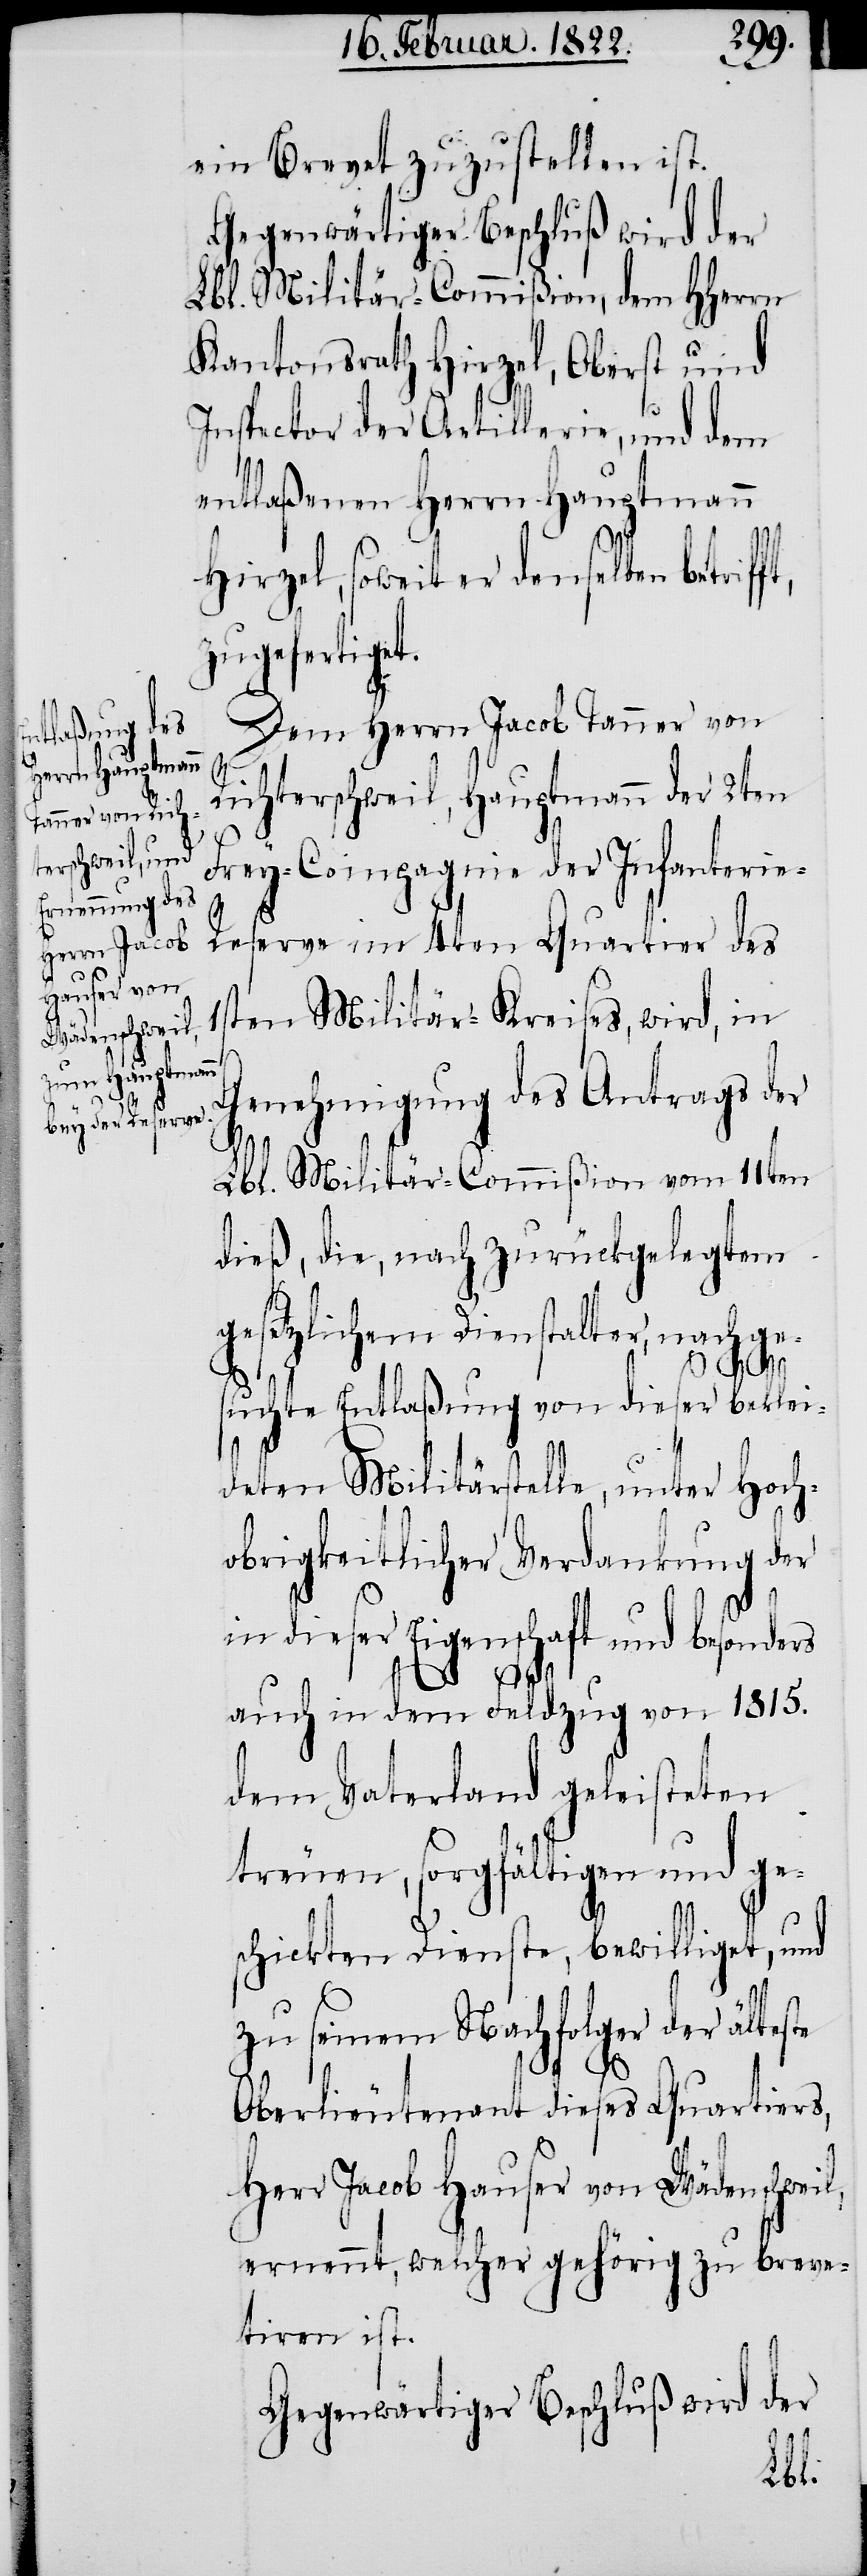
ein Brevet zuzustellen ist.
Gegenwärtiger Beschluß wird der
Lbl. Militär-Commißion, dem HHerrn
Kantonsrath Hirzel, Oberst und
Inspector der Artillerie, und dem
entlaßenen Herrn Hauptmann
Hirzel, soweit er denselben betrif¬
zugefertigt.
l,
Dem Herrn Jacob Tanner von
Richterschweil, Hauptmann der 2ten
Frey-Compagnie der Infanterie-R¬
eserve im 4ten Quartier des
ten Militär-Kreises, wird, in
Genehmigung des Antrags der
Lbl. Militär-Commißion vom 11ten
dieß, die, nach zurückgelegtem
gesetzlichem Dienstalter, nachge¬
1s¬
suchte Entlaßung von dieser beklei¬
deten Militärstelle, unter hoch¬
obrigkeitlicher Verdankung der
in dieser Eigenschaft und besonders
auch in dem Feldzug von 1815.
dem Vaterland geleisteten
treuen, sorgfältigen und ge¬
schickten Dienste, bewilliget, und
zu seinem Nachfolger der älteste
Oberlieutenant dieses Quartiers,
Herr Jacob Hauser von Wädenschwei¬
ernennt, welcher gehörig zu breve¬
tiren ist.
Gegenwärtiger Beschluß wird der